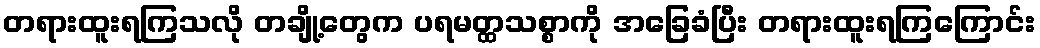
တရားထူးရကြသလို တချို့တွေက ပရမတ္ထသစ္စာကို အခြေခံပြီး တရားထူးရကြကြောင်း